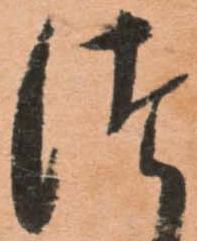
つ